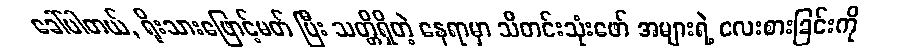
ခေါ်ပါတယ်, ရိုးသားဖြောင့်မတ် ပြီး သတ္တိရှိတဲ့ နေရာမှာ သီတင်းသုံးဖော် အများရဲ့ လေးစားခြင်းကို